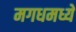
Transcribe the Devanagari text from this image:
मगधमध्ये